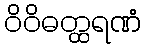
ဝိဝိဓတ္ထရဏံ